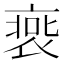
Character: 𧚹